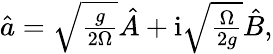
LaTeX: \begin{array}{r}{\hat{a}=\sqrt{\frac{g}{2\Omega}}\hat{A}+\mathrm{i}\sqrt{\frac{\Omega}{2g}}\hat{B},}\end{array}